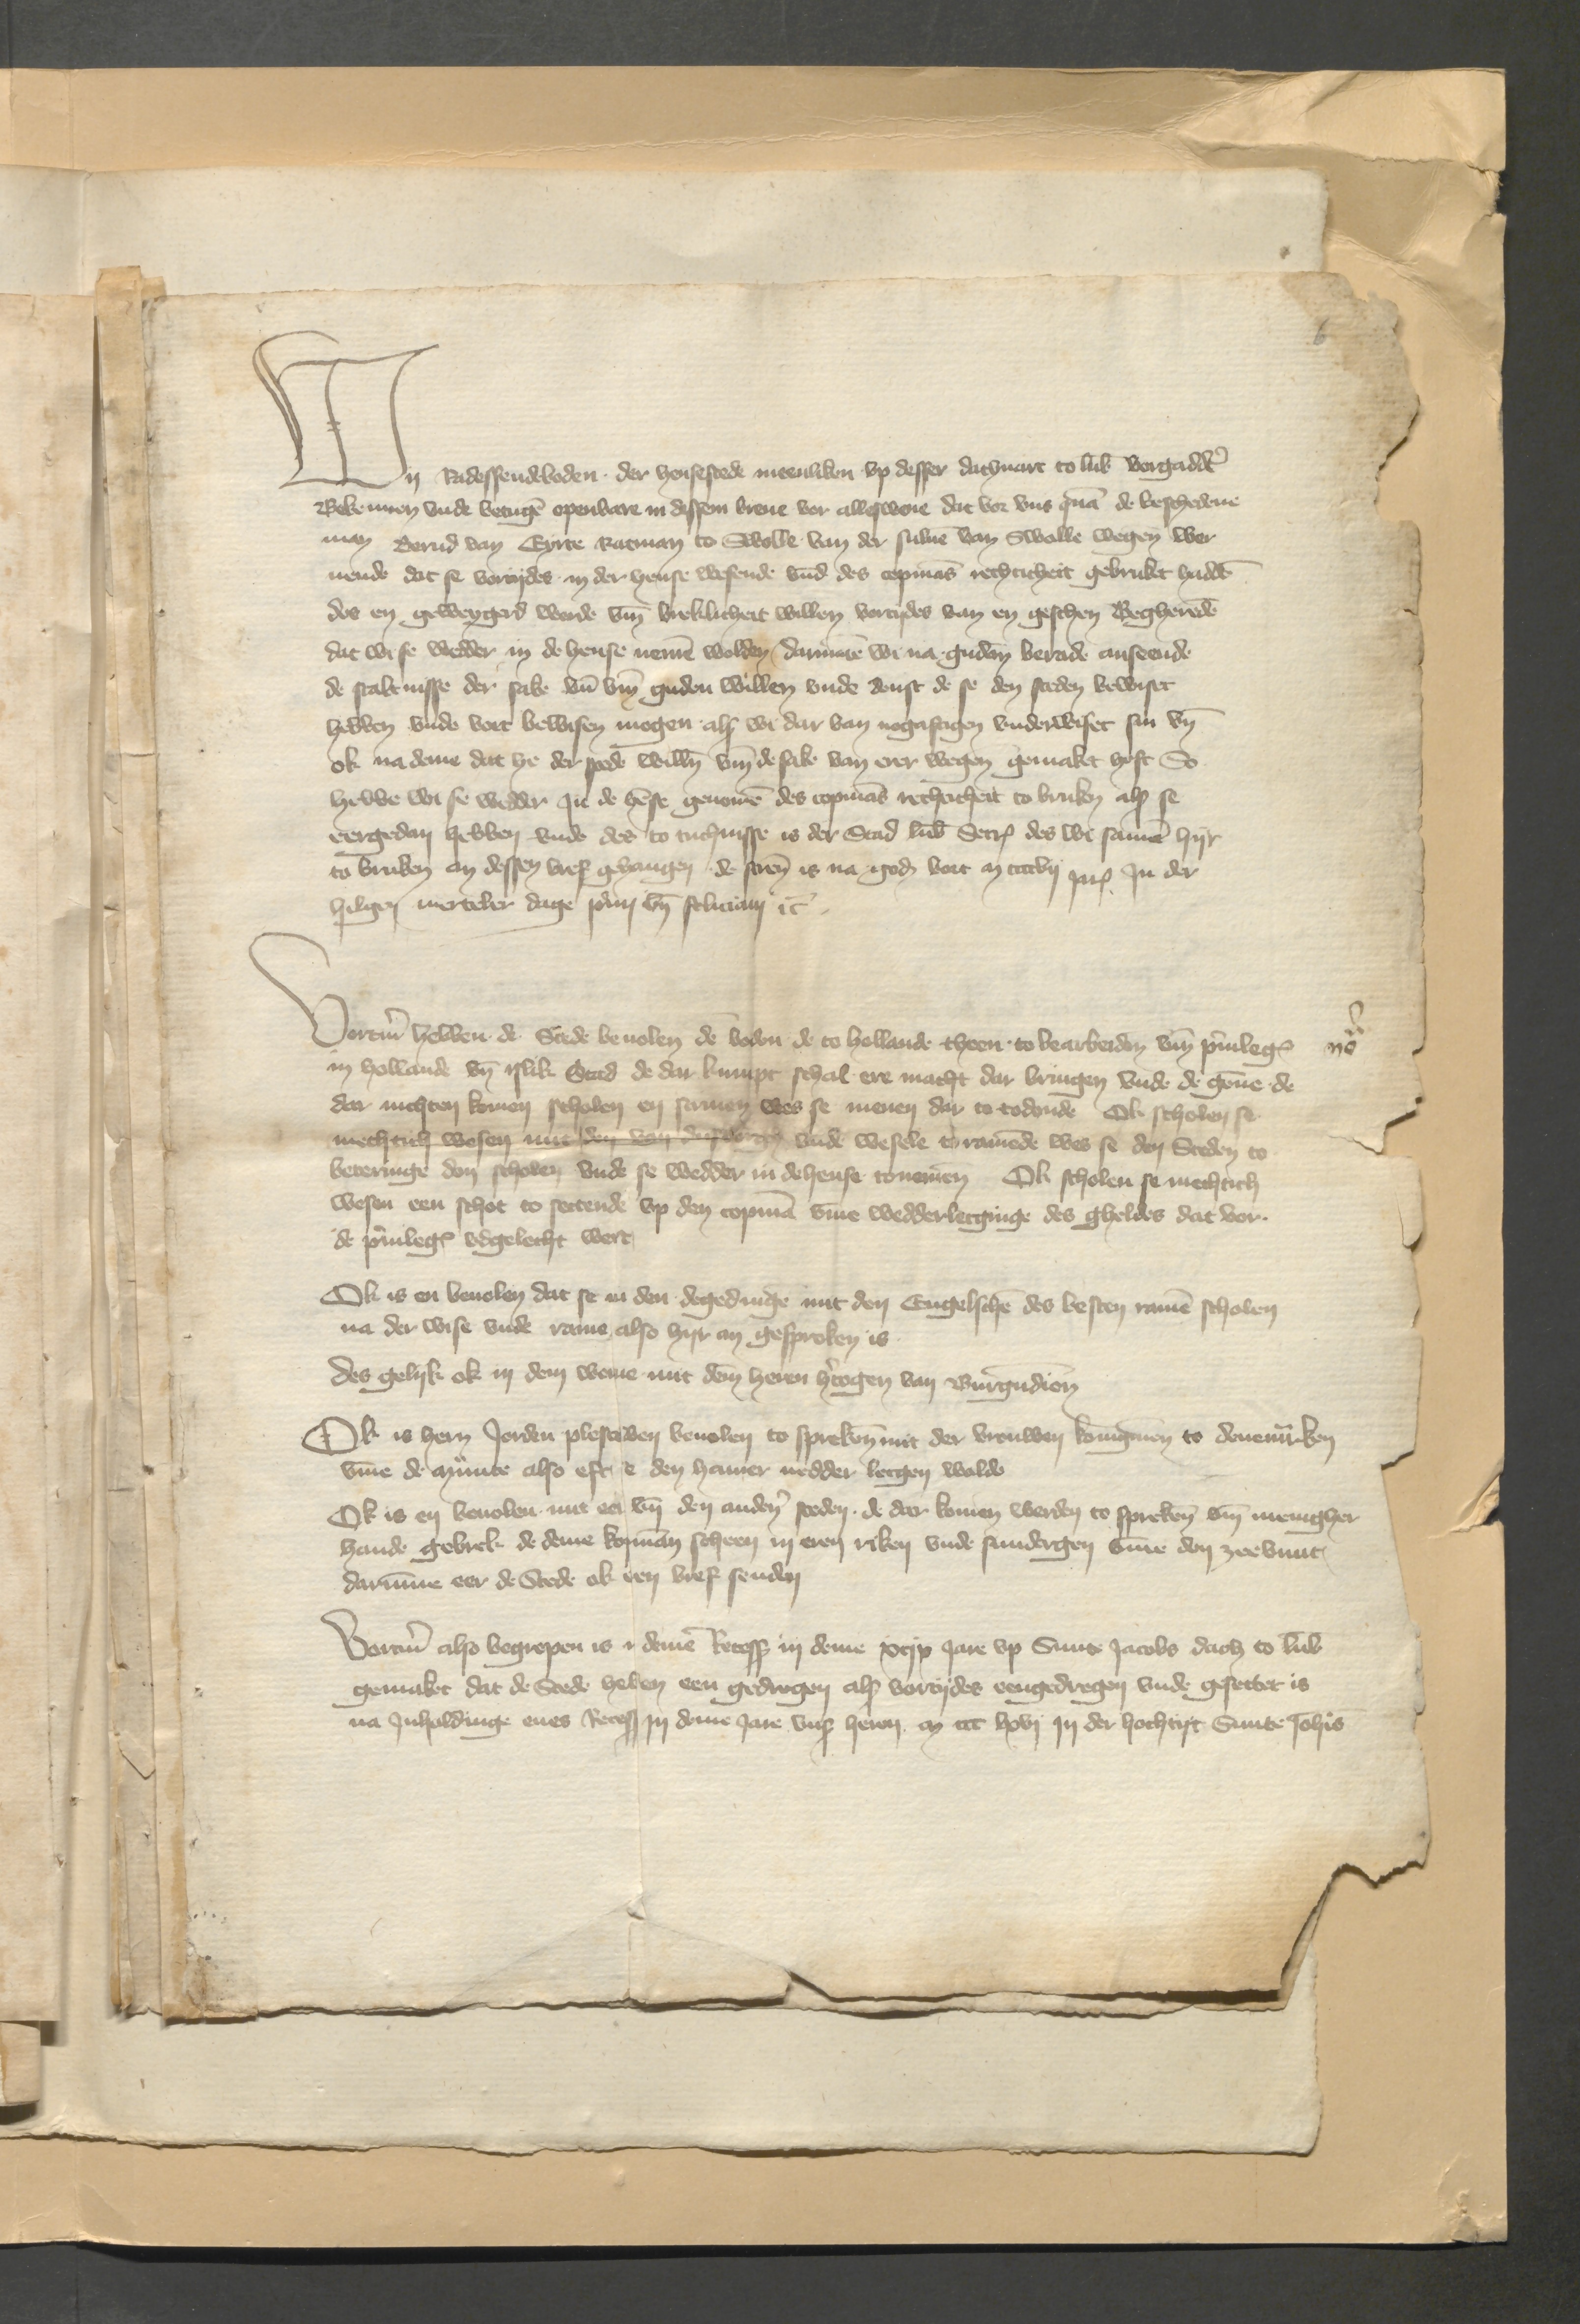
Wij Radessendeboden, der hensestede meenliken vp desser dachuart to Lubeke vorgaddere
Bekennen vnde betugen openbare in dessen breue vor alleswene dat vor vns quam beschedene
man Bernd van Eyrte Ratmann to Swolle van der suluen van Swolle wegen wer¬
uende dat se vorejdes in der hense wesende vnd des Copmans rechticheit gebruket hadden
dis en geweygerd werde vmme breklitheit willen vortydes van en geschen Begherende
dat wi se wedder in de hense nemen wolden darumme wi na guden berade anseende
de staltnisse der sake vnd vmme guden willen vnde denst de se den steden bewiset
hebben vnde vort bewisen mogen als wi dar van nogasagen vnderwiset sin vnd
ok na deme dat he der steden willen vmme de sake van erer wegen gemaket hoft So
hebbe wise wedder Jn de hense genomen des Copmans rechticheit to bruken als se
eergedan hebben vnde des to tuchnusse is der Stad Lubeke Secretarius des we samen hyr
to bruken an dessen bref gelangen, de screuen is na godes bort m ccccvij Jns Jn der
hilgen mercler dage to eyn schin etctetera

Vortmer hebben de Stede beuolen de beden de to Hollande thoen to bearbeiden vmme priuilegien
in Hollande vnd islik Stad de dar kumpt schal ere macht dar bringen vnde de gennen de
dar nichten komen scholen en samen wes se menen dar to todonde Ok scholen se
mechtich wesen mit den van Dusborgh vnde Wesele to ramende wes se de Steden to
beveringe don scholen vnde se wedder in de hense tonemen, Ok scholen se mechtich
wesen een schot to settende vp den Copman vmme wedderlecginge des gheldes dat vor
de priuilegien vdgelecht were,

So is en beuolen dat se in den degedinge mit den Engelschen des besten ramen scholen,
na der wise vnde rame also hyr an gesproken is
Des gelyke ok in dem weme mit dem heren hertogen van Burgundien

OK is hern Jorden Plescowen beuolen to spreken mit der vrouwen Koniginnen to Dennemarken
vmme de münte also eft se den hamer nedder lecgen wolde
Ok is en beuolen mit es eer vmme den anderen steden, de dar komen werden to spreken vmm menigher¬
hande gebrek de deme kopman scheen in eren riken vnde sundergen vmme den zeebunt
darumme eer de Stede ok den bref senden

Vortmer also begrepen is in demen Recesse iij deme xcjx Jare vp Sunte Jacobis dach to Lubeke
gemaket dat de Stede heben een gedregen als vortydes eengedregen vnde gesettet is
na Jnholdinge enes Recess Jn deme Jare vnses heren m ccc lxvj Jn der hochtyt Sunte Johannis